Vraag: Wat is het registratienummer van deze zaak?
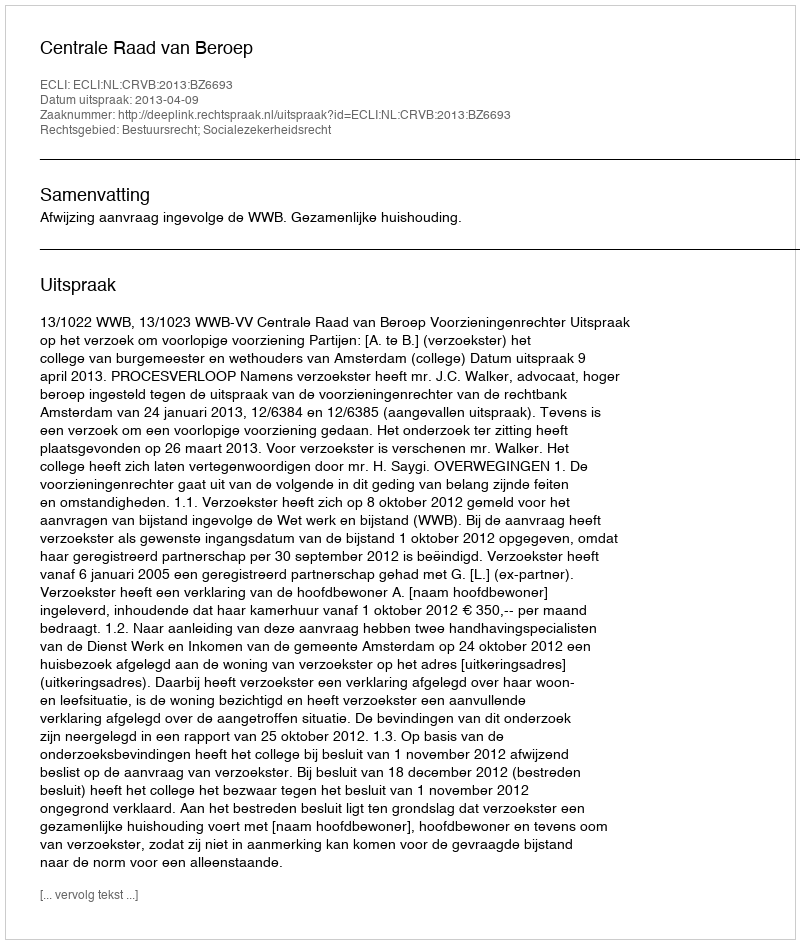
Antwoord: http://deeplink.rechtspraak.nl/uitspraak?id=ECLI:NL:CRVB:2013:BZ6693